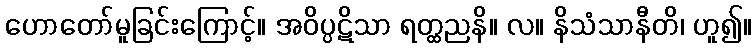
ဟောတော်မူခြင်းကြောင့်။ အဝိပ္ပဋိသာ ရတ္ထညနိ။ လ။ နိသံသာနီတိ၊ ဟူ၍။